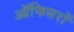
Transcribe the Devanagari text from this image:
ऑफिसरों